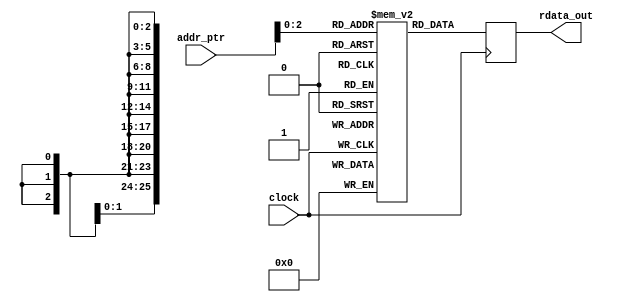
// (C) 2001-2018 Intel Corporation. All rights reserved.
// Your use of Intel Corporation's design tools, logic functions and other 
// software and tools, and its AMPP partner logic functions, and any output 
// files from any of the foregoing (including device programming or simulation 
// files), and any associated documentation or information are expressly subject 
// to the terms and conditions of the Intel Program License Subscription 
// Agreement, Intel FPGA IP License Agreement, or other applicable 
// license agreement, including, without limitation, that your use is for the 
// sole purpose of programming logic devices manufactured by Intel and sold by 
// Intel or its authorized distributors.  Please refer to the applicable 
// agreement for further details.


// 
// This ROM stores the address offset and bitmask for GXB RX that needs reconfig
//
// addr_ofst - the address offset that needs reconfig
// field_bitmask - the bit that needs reconfig (eg. 8'h40 means only bit 6 needs reconfig)
//
module mr_rom_pcs #(
    parameter ROM_SIZE        = 26, // number of bits per rom address - [17:8] address offset, [7:0] field bitmask   
    parameter TOTAL_ROM_DEPTH = 8,  // ROM_DEPTH_FOR_EACH_MIF_RANGE - total attributes that needs reconfig
    parameter ADDR_WIDTH      = 5   // alt_clogb2(7)
) (
    input  wire                  clock,
    input  wire [ADDR_WIDTH-1:0] addr_ptr,
    output wire [ROM_SIZE-1:0]   rdata_out
);

reg  [ROM_SIZE-1:0]   ROM [0:TOTAL_ROM_DEPTH-1];
wire [ROM_SIZE-1:0]   DATAA = {ROM_SIZE{1'b0}};
wire [ADDR_WIDTH-1:0] RADDR;

// **** PERL SCIPT TO GENERATE BEGIN **** //   
initial begin
    // ADDR_OFST, FIELD_BITMASK
    ROM[0] <= {10'h033, 8'h0F, 8'h04}; // Backup: {10'h04C, 8'h70, 8'h00};
    ROM[1] <= {10'h038, 8'hFF, 8'hAA}; // Backup: {10'h038, 8'hFF, 8'h00};
    ROM[2] <= {10'h037, 8'hFF, 8'hAA}; // Backup: {10'h037, 8'hFF, 8'h00};
    ROM[3] <= {10'h036, 8'h0F, 8'h0A}; // Backup: {10'h036, 8'h0F, 8'h00}; 
    // Set the rest to all zeros
    ROM[4] <= {10'h000, 8'h00, 8'h00};
    ROM[5] <= {10'h000, 8'h00, 8'h00};
    ROM[6] <= {10'h000, 8'h00, 8'h00};
    ROM[7] <= {10'h000, 8'h00, 8'h00};
end
// **** PERL SCIPT TO GENERATE END ****** //

// write is unused
wire [ADDR_WIDTH-1:0] ADDRA = {ADDR_WIDTH{1'b0}}; 
wire                  WEA   = 1'b0; 
always @ (posedge clock)
begin
    if (WEA) begin
        ROM[ADDRA] <= DATAA;
    end
end
   
assign RADDR = addr_ptr;
   
reg [ROM_SIZE-1:0] RDATA;
always @ (posedge clock)
begin
     RDATA <= ROM[RADDR];
end

assign rdata_out = RDATA;

endmodule